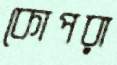
কোপরা